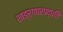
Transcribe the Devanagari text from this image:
शाङ्‌र्गघरपद्धति